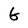
Character: G